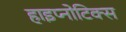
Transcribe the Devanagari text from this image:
हाइप्नोटिक्स